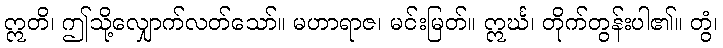
ဣတိ၊ ဤသို့လျှောက်လတ်သော်။ မဟာရာဇ၊ မင်းမြတ်။ ဣင်္ဃ၊ တိုက်တွန်းပါ၏။ တွံ၊